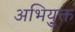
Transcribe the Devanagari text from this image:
अभियु्क्त